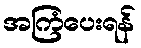
အကြံပေးရန်